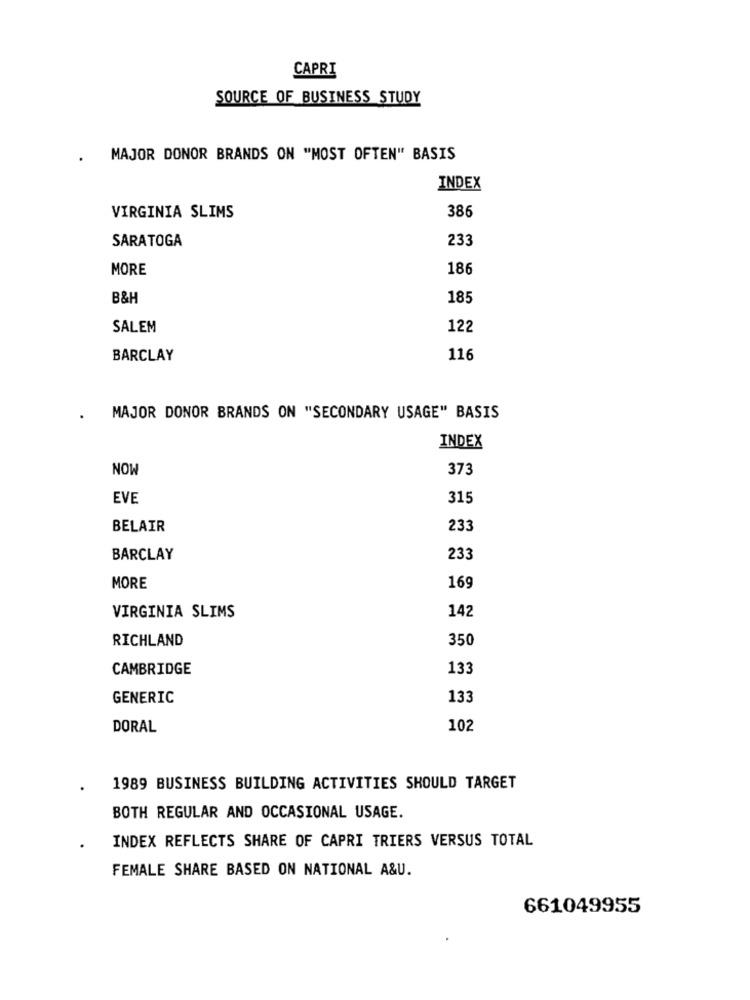
CAPRI
SOURCE OF BUSINESS STUDY
MAJOR DONOR BRANDS ON "MOST OFTEN" BASIS
INDEX
386
VIRGINIA SLIMS
SARATOGA
233
MORE
186
B&H
185
SALEM
122
BARCLAY
116
MAJOR DONOR BRANDS ON "SECONDARY USAGE" BASIS
INDEX
NOW
373
EVE
315
BELAIR
233
BARCLAY
233
MORE
169
142
VIRGINIA SLIMS
RICHLAND
350
CAMBRIDGE
133
GENERIC
133
DORAL
102
1989 BUSINESS BUILDING ACTIVITIES SHOULD TARGET
BOTH REGULAR AND OCCASIONAL USAGE.
INDEX REFLECTS SHARE OF CAPRI TRIERS VERSUS TOTAL
FEMALE SHARE BASED ON NATIONAL A&U.
661049955